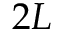
2 L